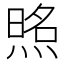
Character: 𰟈